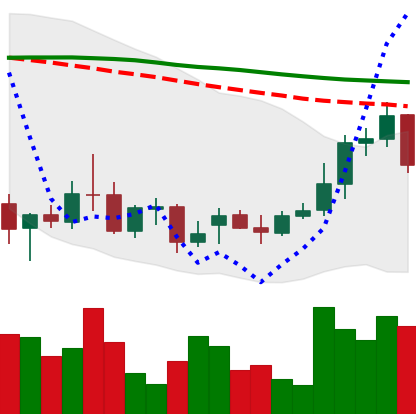
Ticker: XRP-USD
Chart end date: 2021-12-24
Forward return: -10.453%
Label: down_7plus